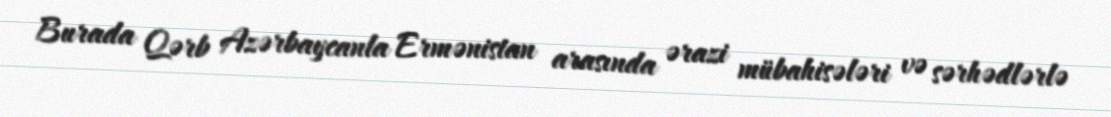
Burada Qərb Azərbaycanla Ermənistan arasında ərazi mübahisələri və sərhədlərlə